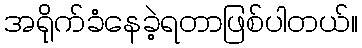
အရိုက်ခံနေခဲ့ရတာဖြစ်ပါတယ်။